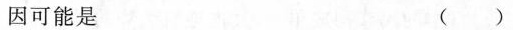
因可能是 ()